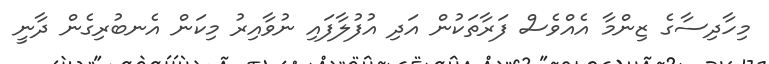
މިހާދިސާގެ ޒިންމާ އެއްވެސް ފަރާތަކުން އަދި އުފުލާފައި ނުވާއިރު މިކަން އެނބުރިގެން ދާނީ